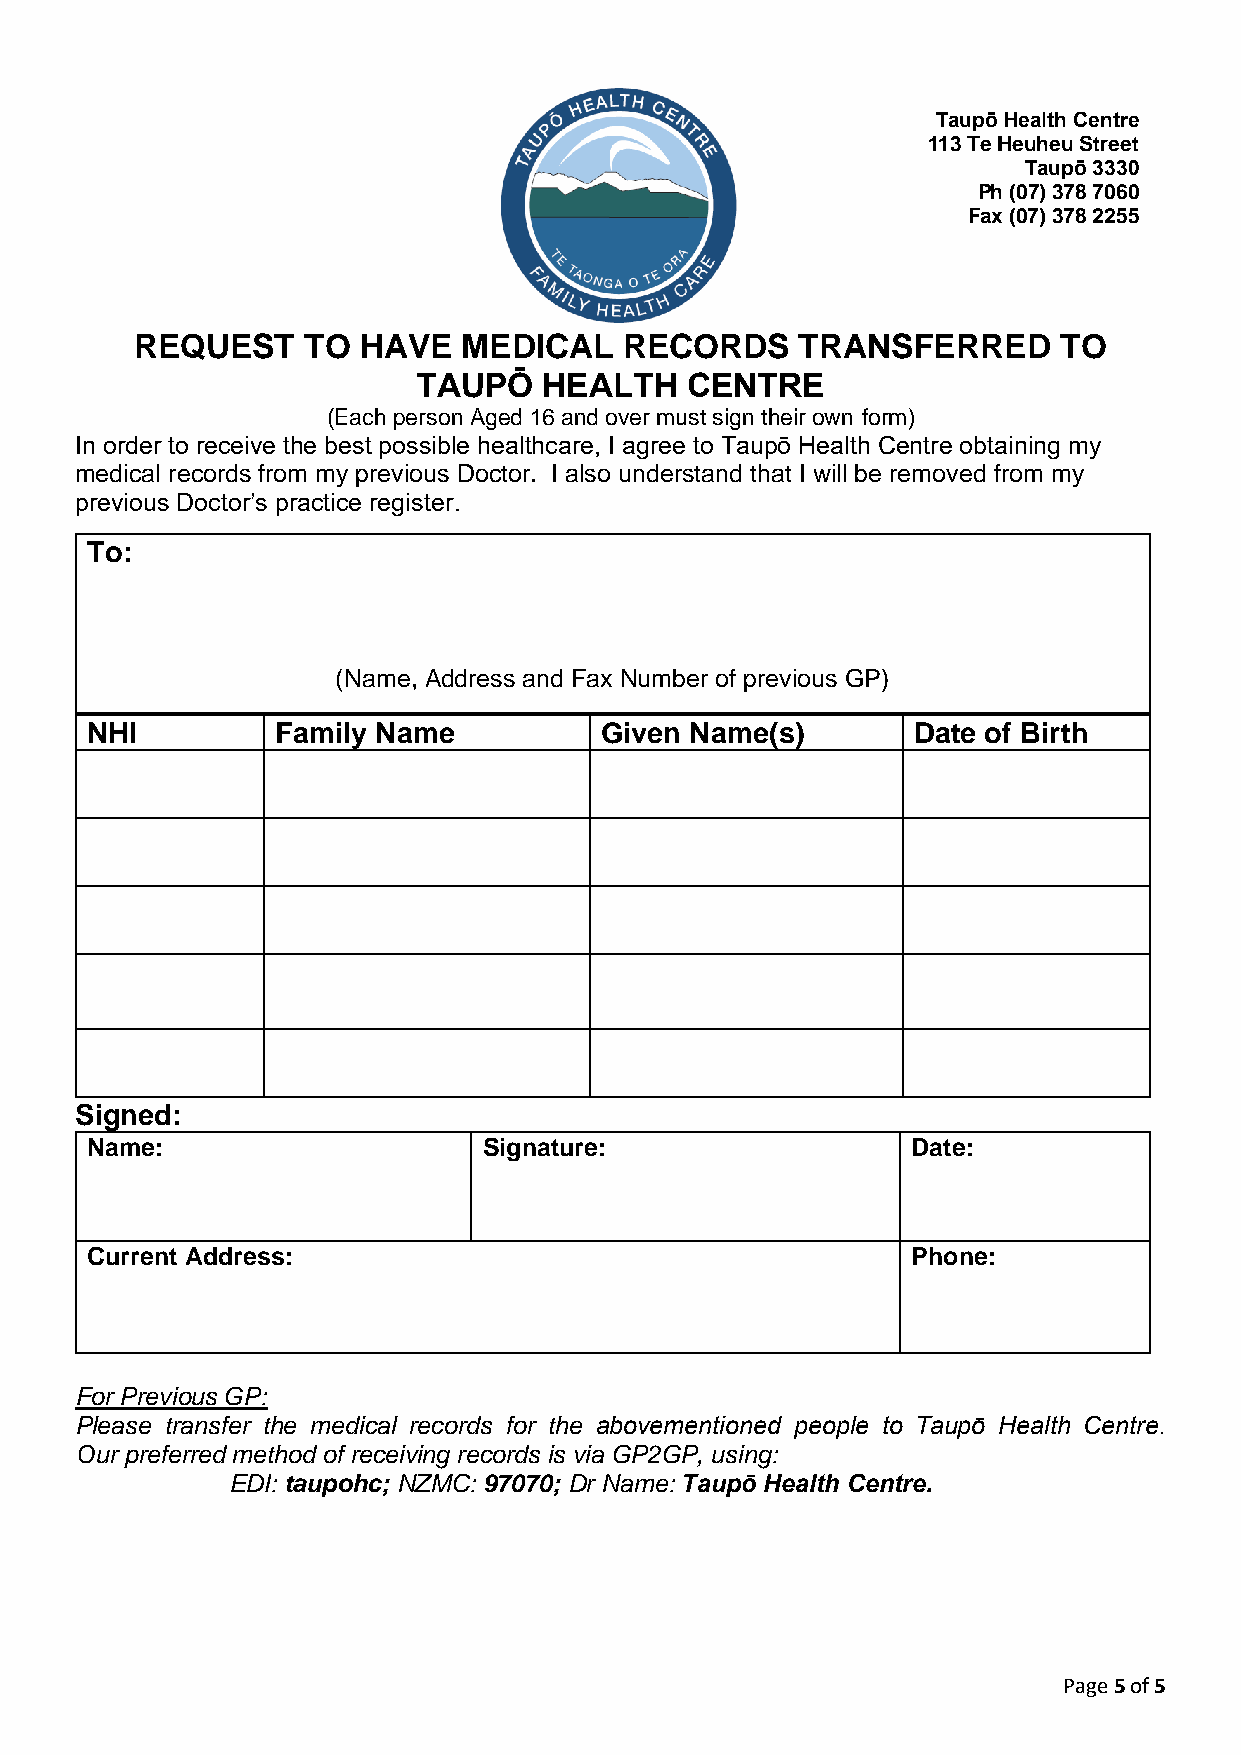
Taupō Health Centre
 113 Te Heuheu Street
 Taupō 3330
 Ph (07) 378 7060
 Fax (07) 378 2255
 REQUEST    TO  HAVE   MEDICAL   RECORDS     TRANSFERRED      TO
 TAUPŌ   HEALTH   CENTRE
 (Each person Aged 16 and over must sign their own form)
 In order to receive the best possible healthcare, I agree to Taupō Health Centre obtaining my
 medical records from my previous Doctor. I also understand that I will be removed from my
 previous Doctor’s practice register.
 To:
 (Name, Address and Fax Number of previous GP)
 NHI         Family Name           Given Name(s)       Date of Birth
 Signed:
 Name:                     Signature:                  Date:
 Current Address:                                      Phone:
 For Previous GP:
 Please transfer the medical records for the abovementioned people to Taupō Health Centre.
 Our preferred method of receiving records is via GP2GP, using:
 EDI: taupohc; NZMC: 97070; Dr Name: Taupō Health Centre.
 Page 5 of 5